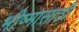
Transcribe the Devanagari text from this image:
भीष्मासाठी